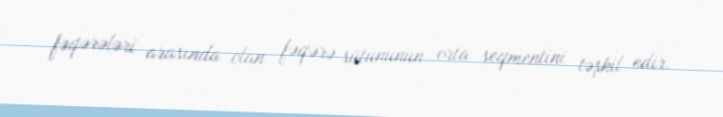
fəqərələri arasında olan fəqərə sütununun orta seqmentini təşkil edir.